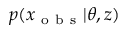
p ( x _ { \mathrm { ~ o ~ b ~ s ~ } } | \theta , z )